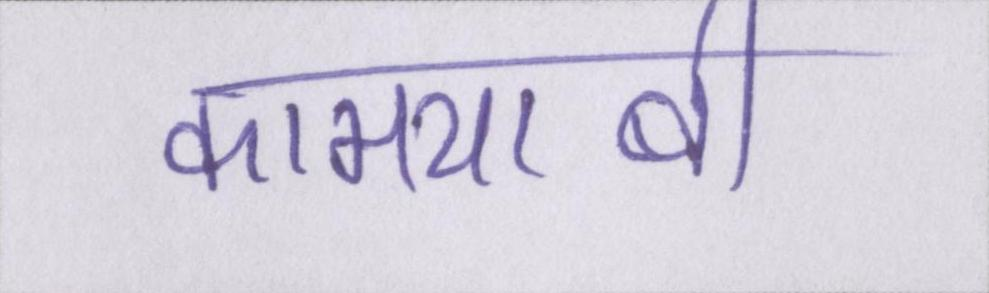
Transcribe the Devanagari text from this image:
कामयाबी